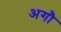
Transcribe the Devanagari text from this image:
अगौ